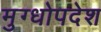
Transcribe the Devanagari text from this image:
मुग्धोपदेश